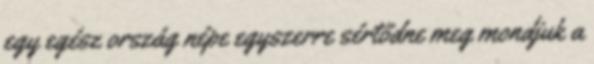
egy egész ország népe egyszerre sértődne meg mondjuk a